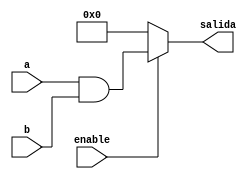
module compAnd( //compuerta and
	input [31:0]a,
	input [31:0]b,
	input enable,
	output reg [31:0]salida
);
always@*
begin
	if(enable)
	begin
		salida = a&b;
	end
	else
	begin
		salida = 0;
	end
end
endmodule